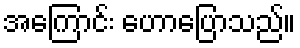
အကြောင်း ဟောပြောသည်။